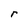
Character: r